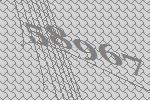
58967